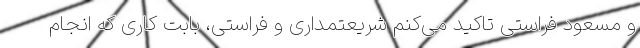
و مسعود فراستی تاکید می‌کنم شریعتمداری و فراستی، بابت کاری که انجام